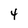
Character: 4